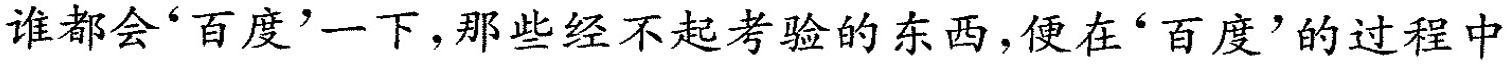
谁都会'百度'一下，那些经不起考验的东西，便在'百度'的过程中